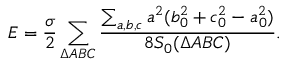
E = \frac { \sigma } { 2 } \sum _ { \Delta A B C } \frac { \sum _ { a , b , c } a ^ { 2 } ( b _ { 0 } ^ { 2 } + c _ { 0 } ^ { 2 } - a _ { 0 } ^ { 2 } ) } { 8 S _ { 0 } ( \Delta A B C ) } .